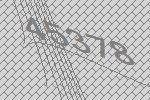
45378